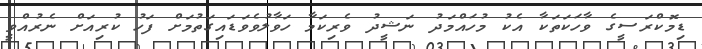
ޑިމޮކްރަސީގެ ވާހަކަތަކާ އެކު މުހައްމަދު ނަޝީދު ވެރިކަމާ ހަވާލުވެވަޑައިގަތުމަށް ފަހު ކުރިއަށް ނެރުއްވީ